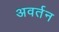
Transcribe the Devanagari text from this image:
अवर्तन